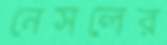
নেসলের